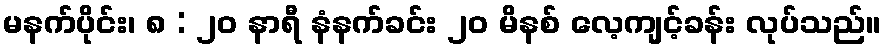
မနက်ပိုင်း၊ ၈ : ၂၀ နာရီ နံနက်ခင်း ၂၀ မိနစ် လေ့ကျင့်ခန်း လုပ်သည်။